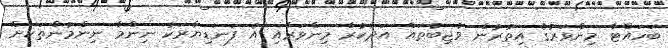
ބަހައްޓާ މިންވަރުގެ އިތުރުން ވާޖިބުތައް އަދާކުރާ މިންވަރާއި އެ ފަނޑިޔާރަކު ނިންމާ ނިންމުންތަކަށް